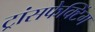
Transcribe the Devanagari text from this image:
ट्रांसफेक्टिंग